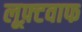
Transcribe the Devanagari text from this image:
लूफ़्टवाफ